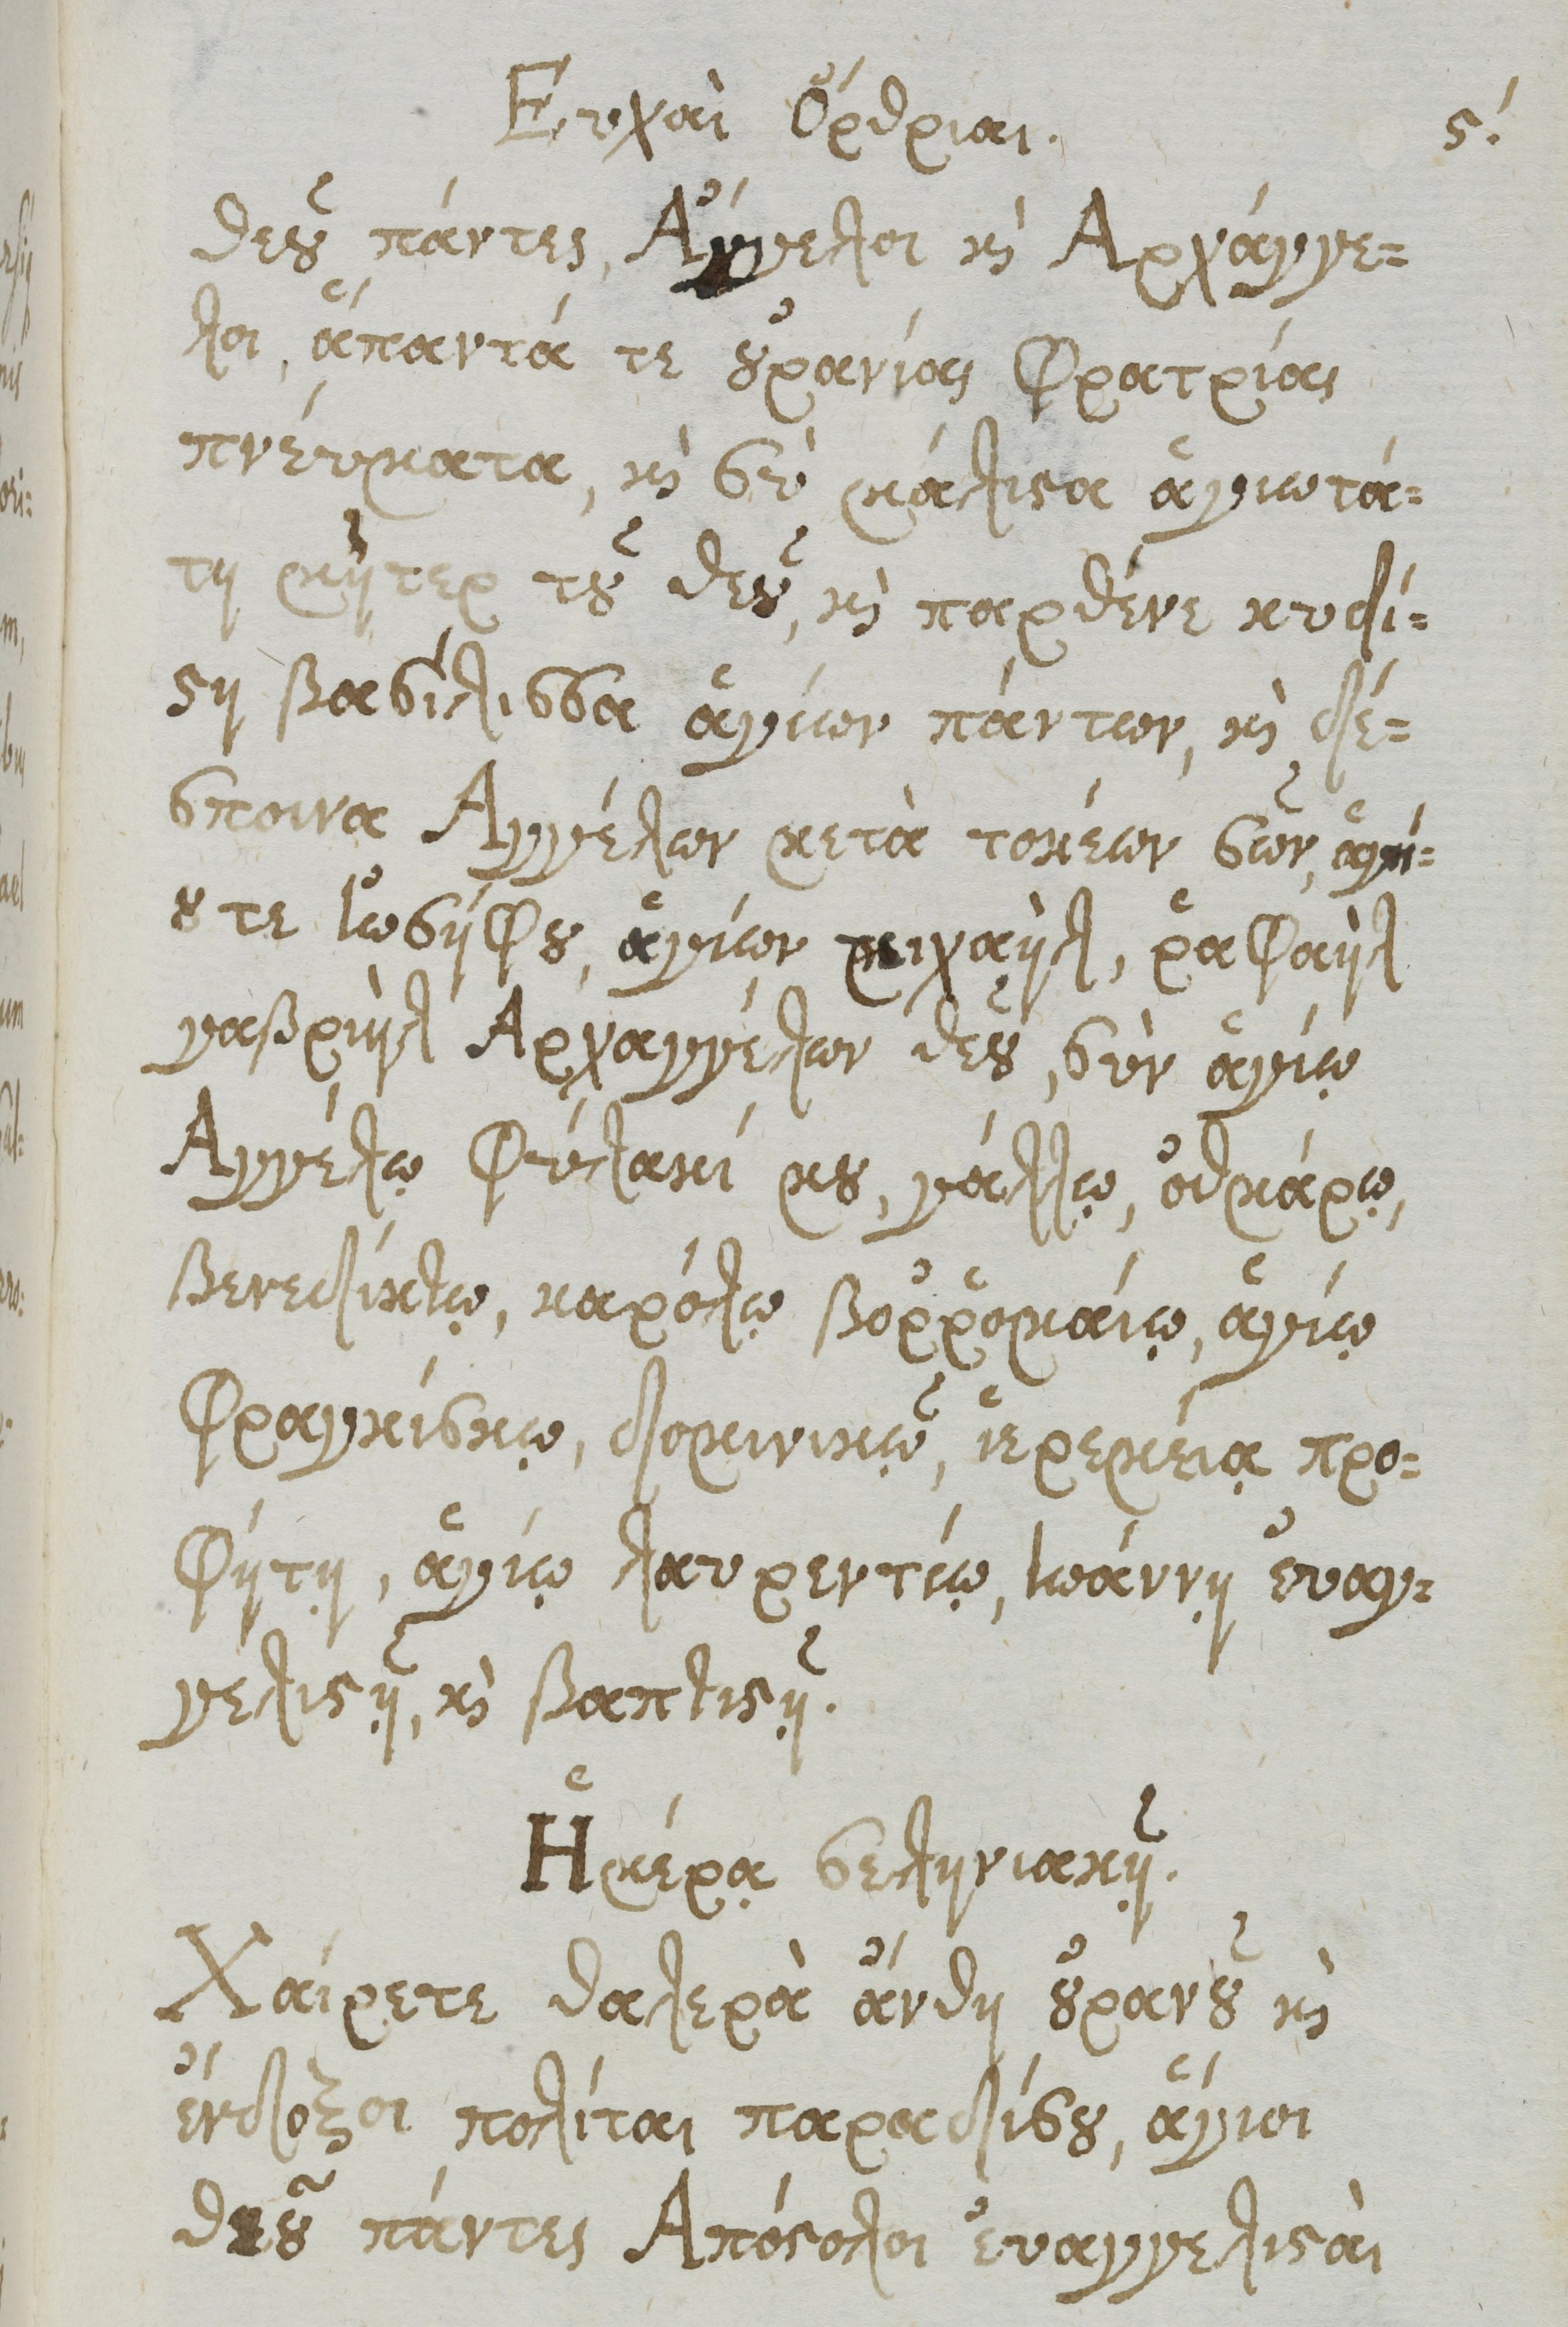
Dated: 1661–1661